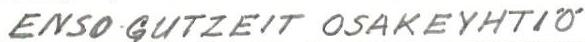
ENSO-GUTZEIT OSAKEYHTIÖ